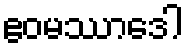
ဧဝမဿာဒေါ